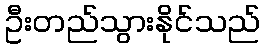
ဦးတည်သွားနိုင်သည်